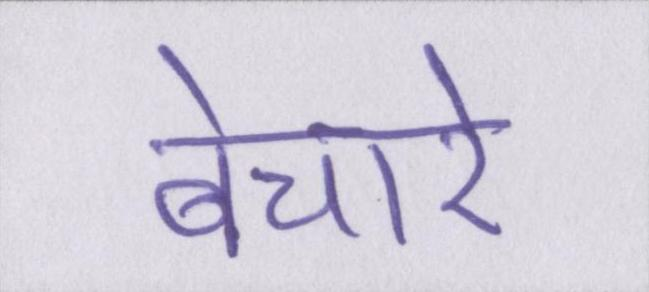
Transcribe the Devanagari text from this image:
बेचारे